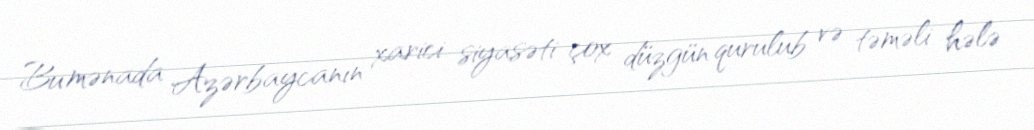
Bu mənada Azərbaycanın xarici siyasəti çox düzgün qurulub və təməli hələ